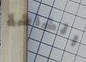
الشاشة